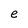
Character: e